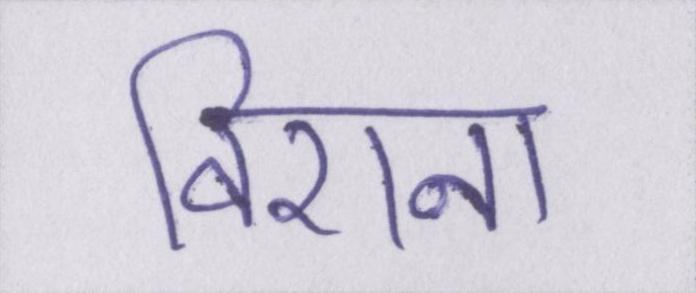
विएना